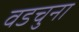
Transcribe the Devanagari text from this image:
वडचुना